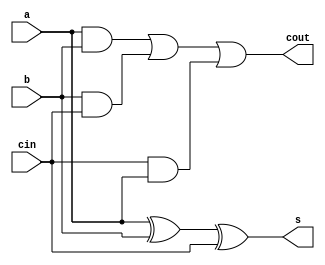
`timescale 1ns / 1ps
//////////////////////////////////////////////////////////////////////////////////
// Company: 
// Engineer: 
// 
// Design Name: 
// Module Name:    fa 
// Project Name: 
// Target Devices: 
// Tool versions: 
// Description: 
//
// Dependencies: 
//
// Revision: 
// Revision 0.01 - File Created
// Additional Comments: 
//
//////////////////////////////////////////////////////////////////////////////////
module fa(a,b,cin,s,cout);
input a,b,cin;
output s,cout;
assign s= a^b^cin;
assign cout= (a&b)|(b&cin)|(cin&a);

endmodule